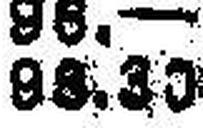
98.30